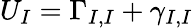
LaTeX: U_{I}=\Gamma_{I,I}+\gamma_{I,I}